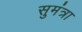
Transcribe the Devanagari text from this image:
सुमंत्रा